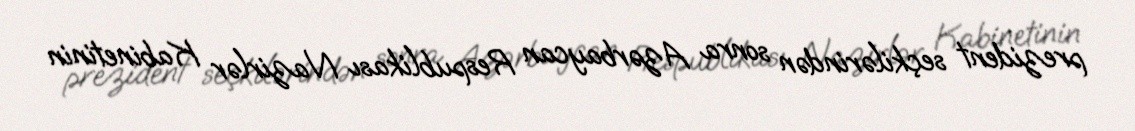
prezident seçkilərindən sonra Azərbaycan Respublikası Nazirlər Kabinetinin